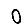
Digit: 0